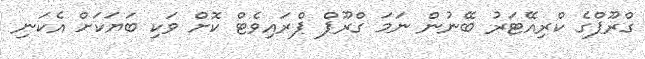
ގްރޫޕްގެ ކްރިއޭޓަރު ބޭނުން ނަމަ ގްރޫޕް ޕްރައިވެޓް ކޮށް ވަކި ބަޔަކަށް އެކަނި